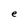
Character: e